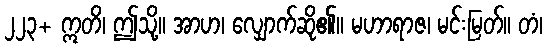
၂၂၃+ ဣတိ၊ ဤသို့။ အာဟ၊ လျှောက်ဆို၏။ မဟာရာဇ၊ မင်းမြတ်။ တံ၊